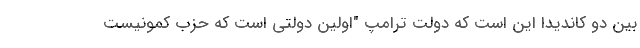
بین دو کاندیدا این است که دولت ترامپ "اولین دولتی است که حزب کمونیست